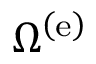
\Omega ^ { \left( \mathrm { e } \right) }